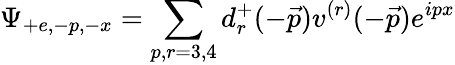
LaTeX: \Psi_{+e,-p,-x}=\sum_{p,r=3,4}d_{r}^{+}(-\vec{p})v^{(r)}(-\vec{p})e^{ipx}